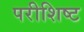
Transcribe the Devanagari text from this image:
परीशिष्ट